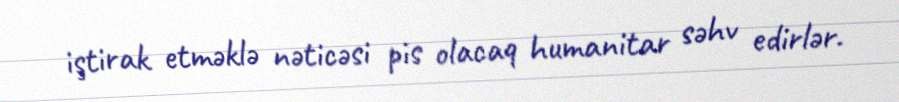
iştirak etməklə nəticəsi pis olacaq humanitar səhv edirlər.